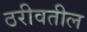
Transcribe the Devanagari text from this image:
ठरीवतील